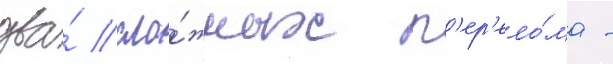
два́ сло́жных п'ер'ело́ма -